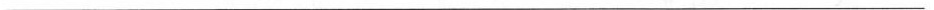
___